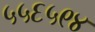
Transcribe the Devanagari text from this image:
५५६५९४